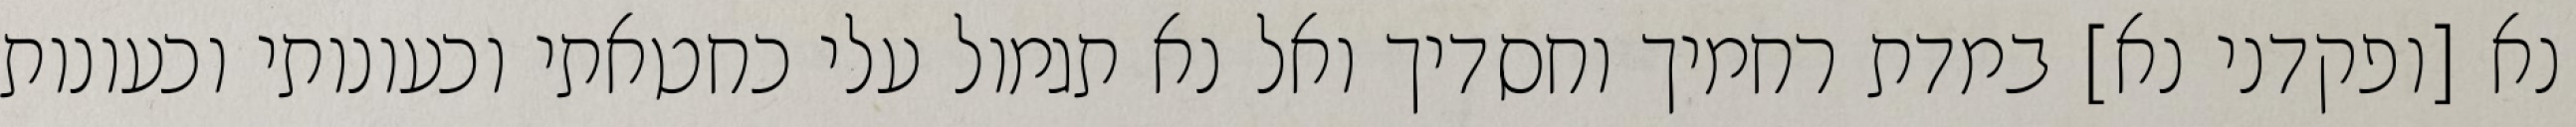
נא [ופקדני נא] במדת רחמיך וחסדיך ואל נא תגמול עלי כחטאתי וכעונותי וכעונות